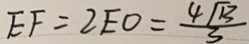
E F = 2 E O = \frac { 4 \sqrt { 1 3 } } { 3 }